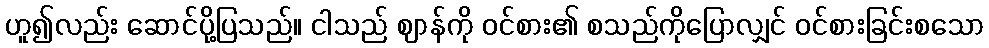
ဟူ၍လည်း ဆောင်ပို့ပြသည်။ ငါသည် ဈာန်ကို ဝင်စား၏ စသည်ကိုပြောလျှင် ဝင်စားခြင်းစသော